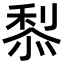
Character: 𥟦